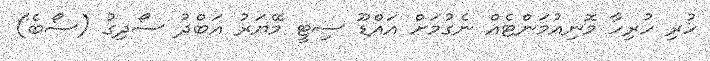
ހުރި ހުރިހާ މޮނިއުމަންޓެއް ނެގުމަށް އައްޑޫ ސިޓީ މޭޔަރު އަބްދު ސޯދިގު (ސޯބެ)